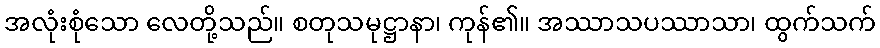
အလုံးစုံသော လေတို့သည်။ စတုသမုဋ္ဌာနာ၊ ကုန်၏။ အဿာသပဿာသာ၊ ထွက်သက်